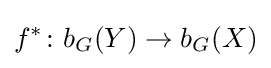
f^{*}\colon b_{G}(Y)\to b_{G}(X)